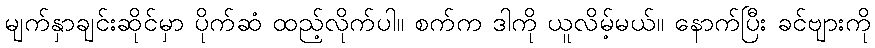
မျက်နှာချင်းဆိုင်မှာ ပိုက်ဆံ ထည့်လိုက်ပါ။ စက်က ဒါကို ယူလိမ့်မယ်။ နောက်ပြီး ခင်ဗျားကို